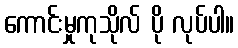
ကောင်းမှုကုသိုလ် ပို လုပ်ပါ။